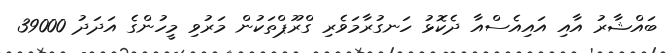
ބައްޝާރު އާއި އައިއެސްއާ ދެކޮޅު ހަނގުރާމަވެރި ގްރޫޕްތަކުން މަރުވި މީހުންގެ އަދަދު 39000